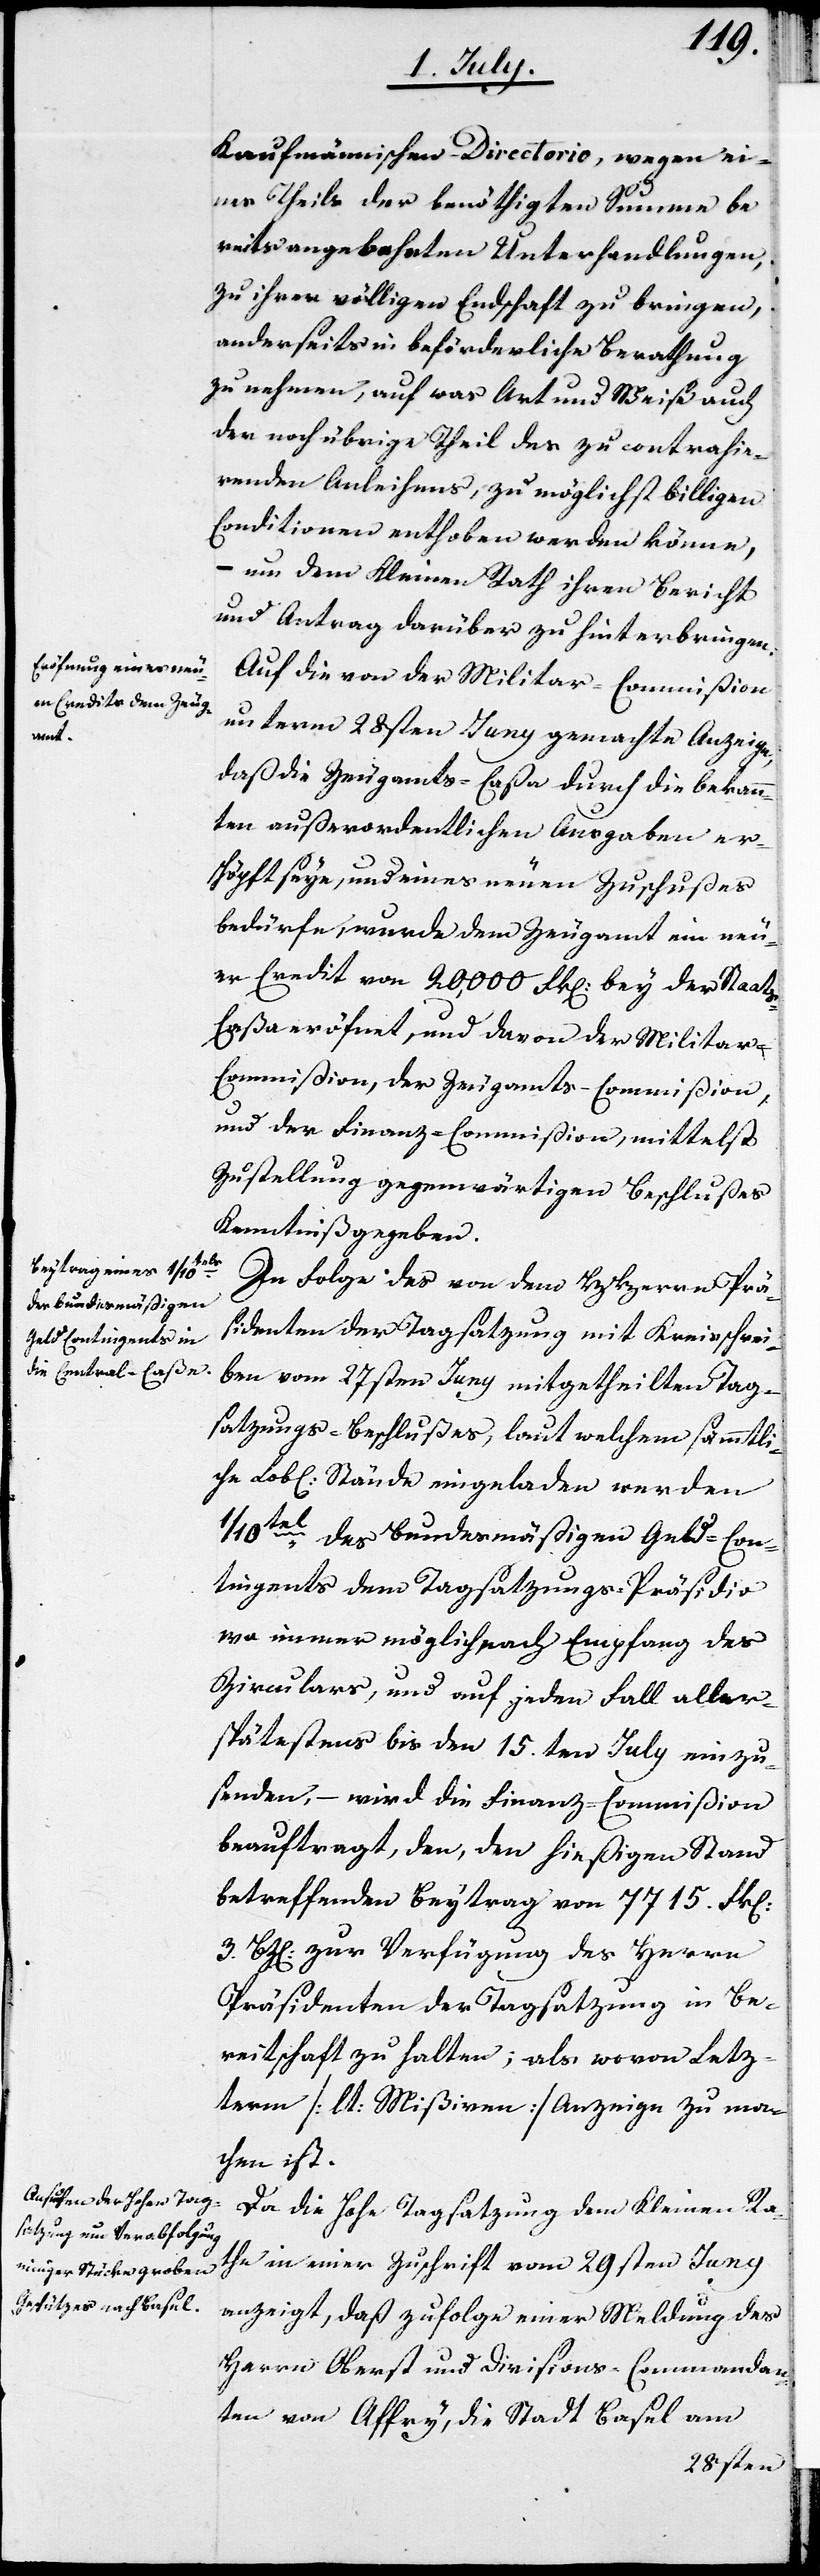
Kaufmännischen-Directorio, wegen ei¬
nes Theils der bewilligten Summe be¬
reits angebahnten Unterhandlungen,
zu ihrer völligen Endschaft zu bringen,
anderseits in beförderliche Berathung
zu nehmen, auf was Art und Weise auch
der noch übrige Theil des zu contrahie¬
renden Anleihens, zu möglichst billigen
Conditionen enthoben werden könne,
– um dem Kleinen Rath ihren Bericht
und Antrag darüber zu hinterbringen.
Auf die von der Militar-Commißion
unterm 28sten Juny gemachte Anzeige,
daß die Zeugamts-Caßa durch die bekann¬
ten außerordentlichen Ausgaben er¬
schöpft seye, und eines neuen Zuschußes
bedürfe, wurde dem Zeugamt ein neu¬
er Credit von 20,000 Frk[en]. bey der Staats-C¬
aßa eröfnet, und davon der Militar-C¬
ommißion, der Zeugamts-Commißion
und der Finanz-Commißion, mittelst
Zustellung gegenwärtigen Beschlußes
Kenntniß gegeben.
In Folge des von dem HHerrn Prä¬
sidenten der Tagsatzung mit Kreischrei¬
ben vom 27sten Juny mitgetheilten Tag¬
satzungs-Beschlußes, laut welchem sämmtli¬
che Lob[liche] Stände eingeladen werden
1/10tel des Bundesmäßigen Geld-Con¬
tingents dem Tagsatzungs-Präsidio
wo immer möglich nach Empfang des
Zirculars, und auf jeden Fall aller¬
spätestens bis den 15.ten July einzu¬
senden, – wird die Finanz-Commißion
beauftragt, den, den hießigen Stand
betreffenden Beytrag von 7715. Frk[en].
3. Bz[en]. zur Verfügung des Herrn
Präsidenten der Tagsatzung in Be¬
reitschaft zu halten; als wovon Letz¬
term [lt. Mißiven] Anzeige zu ma¬
chen ist.
Da die Hohe Tagsatzung dem Kleinen Ra¬
the in einer Zuschrift vom 29sten Juny
anzeigt, daß zufolge einer Meldung des
Herrn Oberst und Divisions-Commandan¬
ten von Affry, die Stadt Basel am